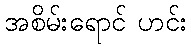
အစိမ်းရောင် ဟင်း